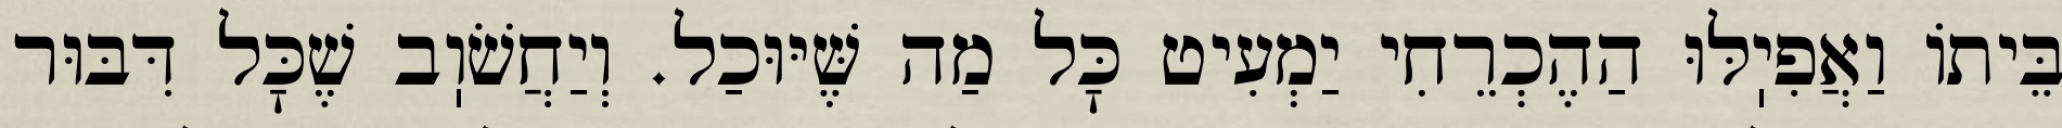
בֵּיתוֹ וַאֲפִיֽלּוּ הַהֶכְרֵחִי יַמְעִיט כׇּל מַה שֶּׁיּוּכַל. וְיַחֲשֹׁוֽב שֶׁכׇּל דִּבּוּר